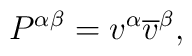
P^{\alpha \beta }=v^{\alpha }\overline{v}^{\beta },